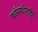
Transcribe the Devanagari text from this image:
फॉस्फोराईट